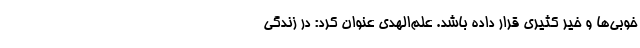
خوبی‌ها و خیر کثیری قرار داده باشد. علم‌الهدی عنوان کرد: در زندگی